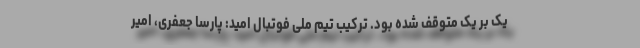
یک بر یک متوقف شده بود. ترکیب تیم ملی فوتبال امید: پارسا جعفری، امیر